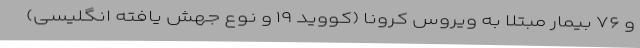
و ۷۶ بیمار مبتلا به ویروس کرونا (کووید ۱۹ و نوع جهش یافته انگلیسی)